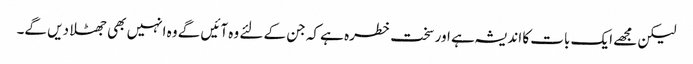
لیکن مجھے ایک بات کا اندیشہ ہے اور سخت خطرہ ہے کہ جن کے لئے وہ آئیں گے وہ انہیں بھی جھٹلا دیں گے۔